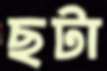
ছটা